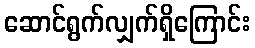
ဆောင်ရွက်လျှက်ရှိကြောင်း